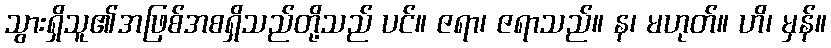
သွားရှိသူ၏အဖြစ်အစရှိသည်တို့သည် ပင်။ ဇရာ၊ ဇရာသည်။ န၊ မဟုတ်။ ဟိ၊ မှန်။